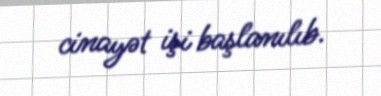
cinayət işi başlanılıb.